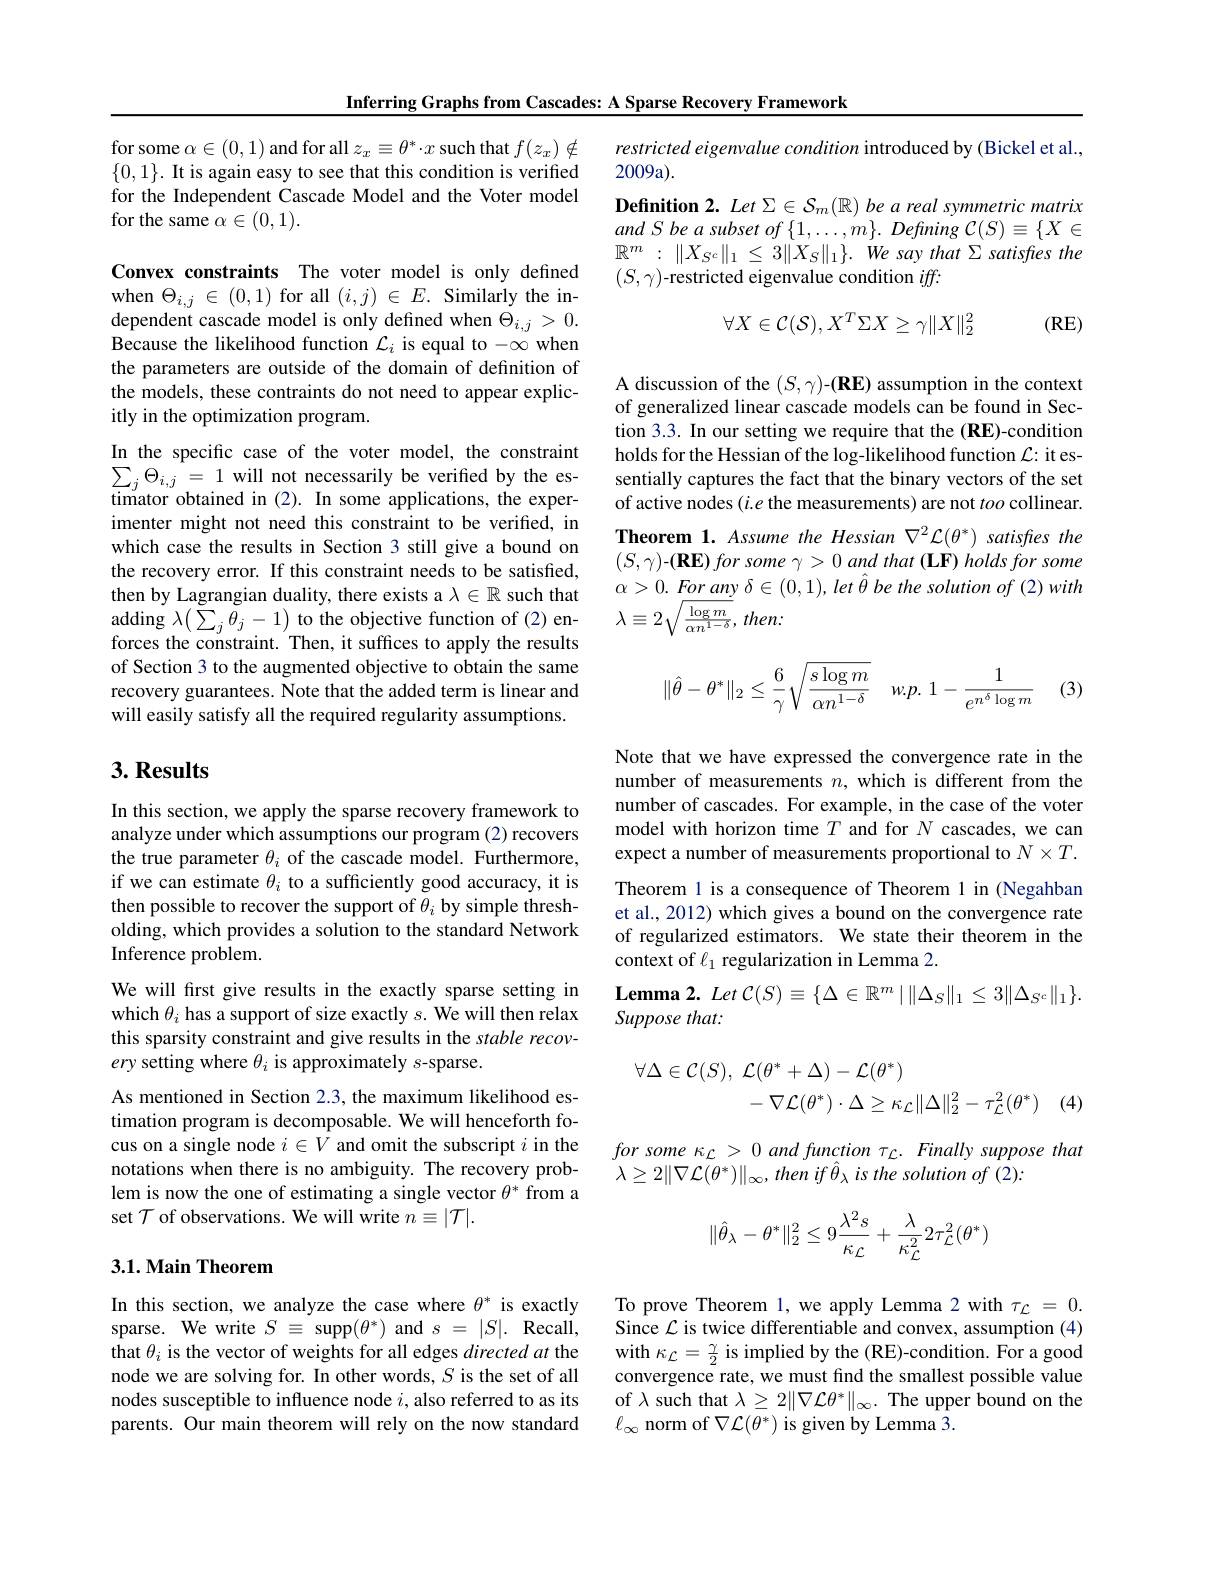
Inferring Graphs from Cascades: A Sparse Recovery Framework

for some $\alpha\in(0,1)$ and for all $z_x\equiv\theta^*\cdot x$ such that $f(z_x)\notin$ $\{ 0, 1\} . \textbf{It is again easy to see that this condition is verified}$ for the Independent Cascade Model and the Voter model for the same $\alpha\in(0,1).$

Convex constraints The voter model is only defined when $\Theta_{i,j}\in(0,1)$ for all $(i,j)\in E.$ Similarly the independent cascade model is only defined when $\Theta_{i,j}>0.$ Because the likelihood function $\mathcal{L}_i$ is equal to $-\infty$ when the parameters are outside of the domain of definition of the models, these contraints do not need to appear explicitly in the optimization program.

In the specific case of the voter model, the constraint $\sum _{j}\Theta _{i, j}$ = 1 will not necessarily be verified by the es- timator obtained in (2). In some applications, the experimenter might not need this constraint to be verified, in which case the results in Section 3 still give a bound on the recovery error. If this constraint needs to be satisfied, then by Lagrangian duality, there exists a $\lambda\in\mathbb{R}$ such that adding $\lambda\big(\sum_{j}\theta_{j}-1\big)$ to the objective function of (2)enforces the constraint. Then, it suffices to apply the results of Section 3 to the augmented objective to obtain the same recovery guarantees. Note that the added term is linear and will easily satisfy all the required regularity assumptions.

# 3. Results

In this section, we apply the sparse recovery framework to analyze under which assumptions our program (2) recovers the true parameter $\theta_i$ of the cascade model. Furthermore, if we can estimate $\theta_i$ to a sufficiently good accuracy, it is then possible to recover the support of $\theta_i$ by simple thresholding, which provides a solution to the standard Network Inference problem.
We will frst give results in the exactly sparse setting in which $\theta_i$ has a support of size exactly $s.$ We will then relax this sparsity constraint and give results in the stable recovery setting where $\theta_i$ is approximately $s$-sparse.
As mentioned in Section 2.3, the maximum likelihood estimation program is decomposable. We will henceforth focus on a single node $i\in V$ and omit the subscript $i$ in the notations when there is no ambiguity. The recovery problem is now the one of estimating a single vector $\theta^*$ from a set $\mathcal{T}$ of observations. We will write $n\equiv|\mathcal{T}|.$

## 3.1. Main Theorem

In this section, we analyze the case where $\theta^*$ is exactly sparse. We write $S\equiv$ supp$(\theta^*)$ and $s=|S|.$ Recall, that $\theta_i$ is the vector of weights for all edges directed at the node we are solving for. In other words, $S$ is the set of all nodes susceptible to influence node $i$, also referred to as its parents. Our main theorem will rely on the now standard

restricted eigenvalue condition introduced by (Bickel et al.,
2009a).
Definition 2. Let $\Sigma\in\mathcal{S}_m(\mathbb{R})$ be a real symmetric matrix $and\textit{S be a subset of }\{ 1, \ldots , m\} . \textit{ Defining C}( S) \equiv \{ X\in$ $\mathbb{R} ^{m}$ : $\| X_{S^{c}}\| _{1}$ $\leq$ $3\| X_{S}\| _{1}\} .$ $We$ say that $\Sigma$ satisfres the $(S,\gamma)$-restricted eigenvalue condition $iff:$
$$\forall X\in\mathcal{C}(\mathcal{S}),X^T\Sigma X\geq\gamma\|X\|_2^2$$
(RE)

${\mathrm{A~discussion~of~the~}}(S,\gamma){\mathrm{-}}({\mathbf{RE}}){\mathrm{~assumption~in~the~context}}$ of generalized linear cascade models can be found in Section 3.3. In our setting we require that the (RE)-condition holds for the Hessian of the log-likelihood function $\mathcal{L}:$ it essentially captures the fact that the binary vectors of the set of active nodes $(i.e$ the measurements) are not too collinear. Theorem 1. Assume the Hessian $\nabla^2\mathcal{L}(\theta^*)$ satisfres the $(S,\gamma)$-(RE) for some $\gamma>0$ and that (LF) holds for some $\alpha>0.\textit{ For any }\delta\in(0,1),\textit{let \hat{\theta} be the solution of (2) with}$ $\lambda \equiv 2\sqrt {\frac {\log m}{\alpha n^{1- \delta }}}$, $then:$
$$\|\hat{\theta}-\theta^*\|_2\leq\dfrac{6}{\gamma}\sqrt{\dfrac{s\log m}{\alpha n^{1-\delta}}}\quad w.p.1-\dfrac{1}{e^{n^\delta\log m}}$$
(3)

Note that we have expressed the convergence rate in the number of measurements $n$, which is different from the number of cascades. For example, in the case of the voter model with horizon time $T$ and for $N$ cascades, we can expect a number of measurements proportional to $N\times T.$ Theorem 1 is a consequence of Theorem 1 in (Negahban et al., 2012) which gives a bound on the convergence rate of regularized estimators. We state their theorem in the context of $\ell_1$ regularization in Lemma 2.
$\textbf{Lemma2. Let C}( S) \equiv \{ \Delta \in \mathbb{R} ^{m}\mid \| \Delta _{S}\| _{1}\leq 3\| \Delta _{S^{c}}\| _{1}\} .$
Suppose that:
$$\begin{aligned}\forall\Delta\in\mathcal{C}(S),\:\mathcal{L}(\theta^{*}+\Delta)-\mathcal{L}(\theta^{*})\\&-\nabla\mathcal{L}(\theta^{*})\cdot\Delta\geq\kappa_{\mathcal{L}}\|\Delta\|_{2}^{2}-\tau_{\mathcal{L}}^{2}(\theta^{*})\end{aligned}$$
(4)

$forsome\kappa_{\mathcal{L}}>0andfunction\tau_{\mathcal{L}}.Finallysupposethat$
$\lambda\geq2\|\nabla\mathcal{L}(\theta^{*})\|_{\infty},thenif\hat{\theta}_{\lambda}$ is the solution of (2):
$$\|\hat{\theta}_{\lambda}-\theta^{*}\|_{2}^{2}\leq9\frac{\lambda^{2}s}{\kappa_{\mathcal{L}}}+\frac{\lambda}{\kappa_{\mathcal{L}}^{2}}2\tau_{\mathcal{L}}^{2}(\theta^{*})$$
To prove Theorem l, we apply Lemma 2 with $\tau_{\mathcal{L}}=0.$ Since $\mathcal{L}$ is twice differentiable and convex, assumption (4) with $\kappa_{\mathcal{L}}=\frac\gamma2$ is implied by the (RE)-condition. For a good convergence rate, we must find the smallest possible value of $\lambda$ such that $\lambda\geq2\|\nabla\mathcal{L}\theta^*\|_\infty.$ The upper bound on the $\ell_{\infty}$ norm of $\nabla\mathcal{L}(\theta^*)$ is given by Lemma 3.